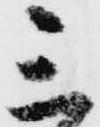
三